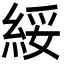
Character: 綏